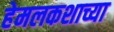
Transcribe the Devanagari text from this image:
हेमलकशाच्या